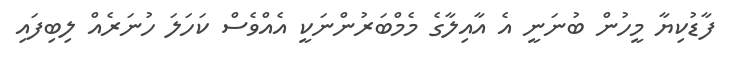
ފާޑުކިޔާ މީހުން ބުނަނީ އެ އާއިލާގެ މެމްބަރުންނަކީ އެއްވެސް ކަހަލަ ހުނަރެއް ލިބިފައި